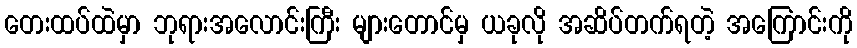
တေးထပ်ထဲမှာ ဘုရားအလောင်းကြီး များတောင်မှ ယခုလို အဆိပ်တက်ရတဲ့ အကြောင်းကို